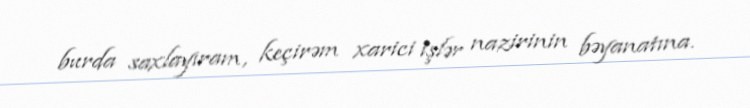
burda saxlayıram, keçirəm xarici işlər nazirinin bəyanatına.